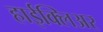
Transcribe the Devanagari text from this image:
हाईक्लिअर